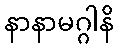
နာနာမဂ္ဂါနိ